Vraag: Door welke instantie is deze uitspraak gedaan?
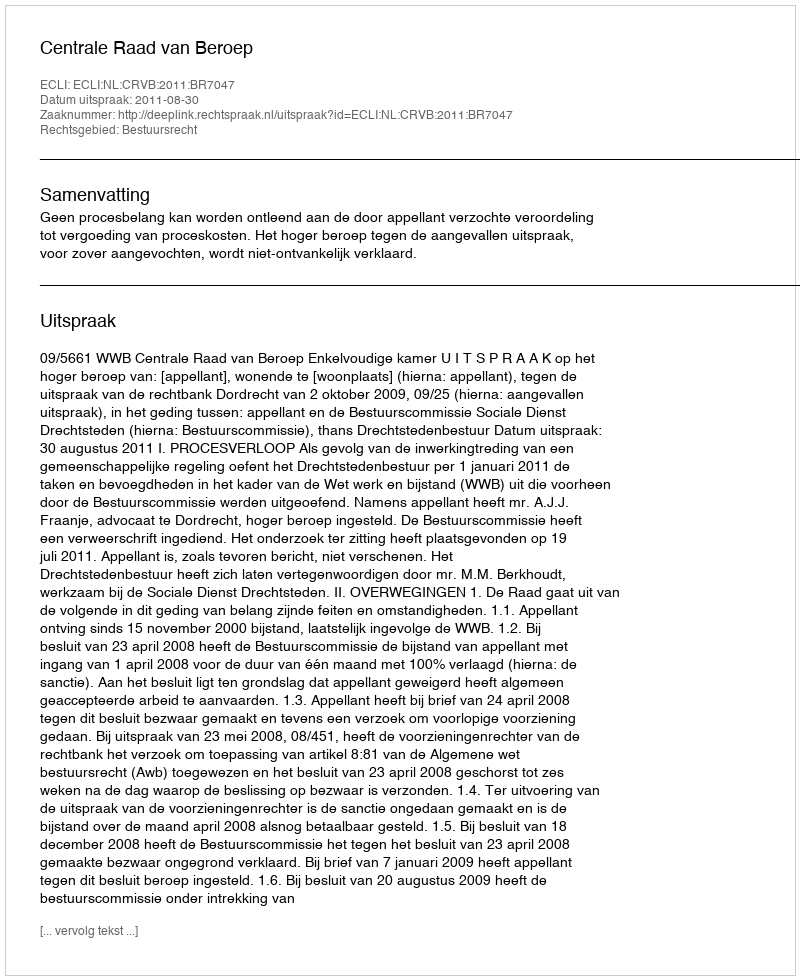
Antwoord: Centrale Raad van Beroep